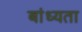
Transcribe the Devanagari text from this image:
बांध्यता